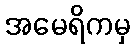
အမေရိကမှ